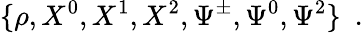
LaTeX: \{ \rho,X^{0},X^{1},X^{2},\Psi^{\pm},\Psi^{0},\Psi^{2}\} ~~.